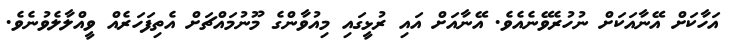
އަހާކަށް އޭނާއަކަށް ނުހުރެވޭނެއެވެ. އޭނާއަށް އައި ރުޅީގައި މިއުވާންގެ މޫނުމައްޗަށް އެތިފަހަރެއް ވީއްލާލެވުނެވެ.